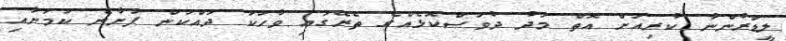
ލީޑަރުންނާ ކުރިއަށް އޮތް މަދު ދުވަސްކޮޅެއްގެ ތެރޭގައި ވާހަކަ ދައްކަން ފަށާނެ ކަމަށާއި